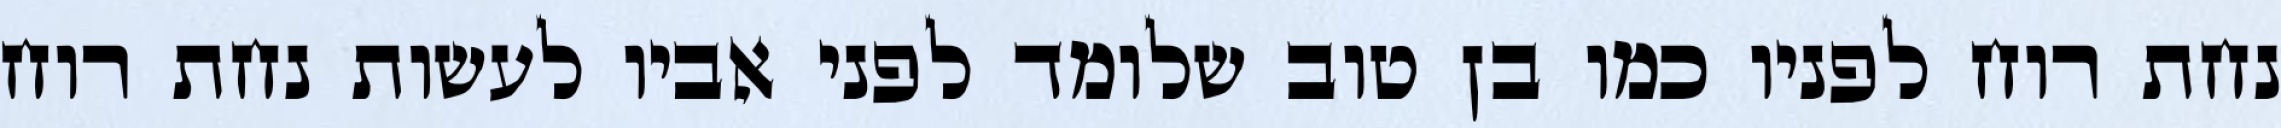
נחת רוח לפניו כמו בן טוב שלומד לפני אביו לעשות נחת רוח